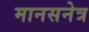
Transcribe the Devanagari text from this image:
मानसनेत्र